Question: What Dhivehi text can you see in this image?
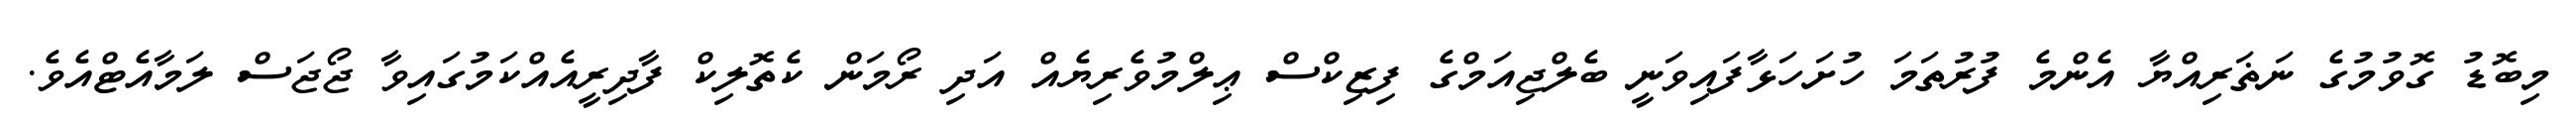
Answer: މިބޮޑު ގޮވުމުގެ ނަޡަރިއްޔާ އެންމެ ފުރުތަމަ ހުށަހަޅާފައިވަނީ ބެލްޖިއަމްގެ ފިޒިކްސް ޢިލްމުވެރިޔެއް އަދި ރޯމަން ކެތޮލިކް ފާދިރީއެއްކަމުގައިވާ ޖޯޖަސް ލަމާއެޓްއެވެ.